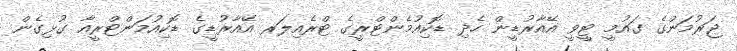
ޖަރުމަންގެ ގައުމީ ޓީވީ އޭއާރުޑީން ހެދި ޑޮކިއުމެންޓްރީގެ ޓްރެއިލަރ އޭއާރުޑީގެ ޑޮކިއުމަންޓްރީއާ ގުޅިގެން